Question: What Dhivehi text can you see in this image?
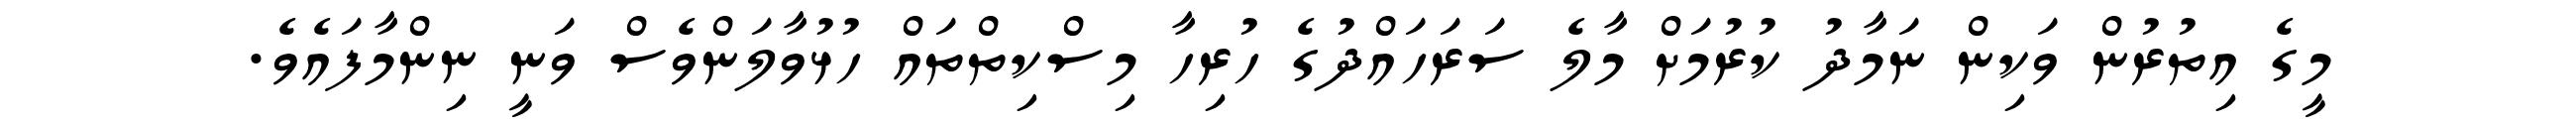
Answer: މީގެ އިތުރުން ވަކިން ނަމާދު ކުރުމަށް މާލެ ސަރަހައްދުގެ ހުރިހާ މިސްކިތްތައް ހުޅުވާލަންވެސް ވަނީ ނިންމާފައެވެ.